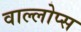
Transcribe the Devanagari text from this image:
वाल्लोप्स